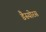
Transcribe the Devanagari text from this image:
डैस्योरस